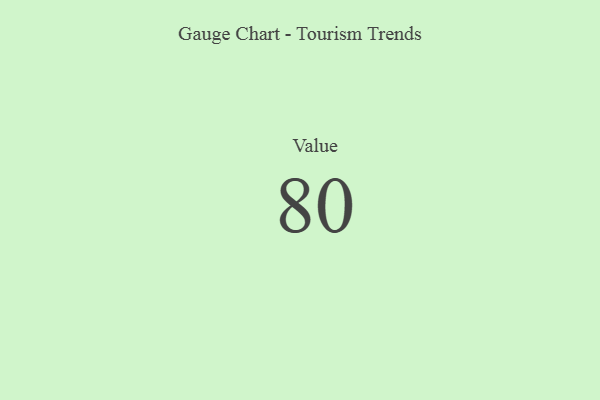
{"axis": {"x": "Metric", "y": "Value"}, "legend": [""], "data": [{"x": "Value", "y": 80, "type": ""}]}